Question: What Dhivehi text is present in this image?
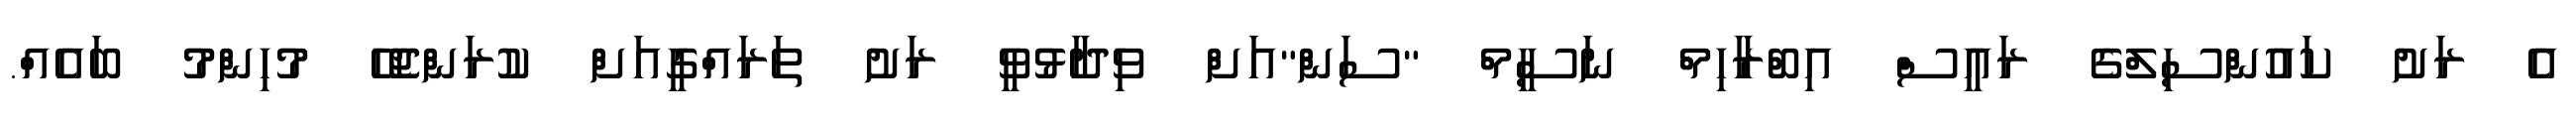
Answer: އެ ރަށު ކައުންސިލްގެ ރައީސް އިބްރާހިމް ނަސީމް "ސަން"އަށް ވިދާޅުވީ ރަށު ތަރައްގީއަށް ކުރަންޖެހޭ މުހިންމު ބައެއް.